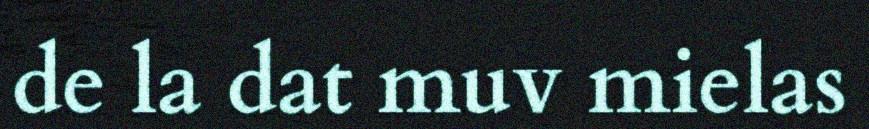
de la dat muv mielas